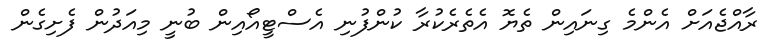
ރާއްޖެއަށް އެންމެ ގިނައިން ތެޔޮ އެތެރެކުރާ ކުންފުނި އެސްޓީއޯއިން ބުނީ މިއަދުން ފެށިގެން